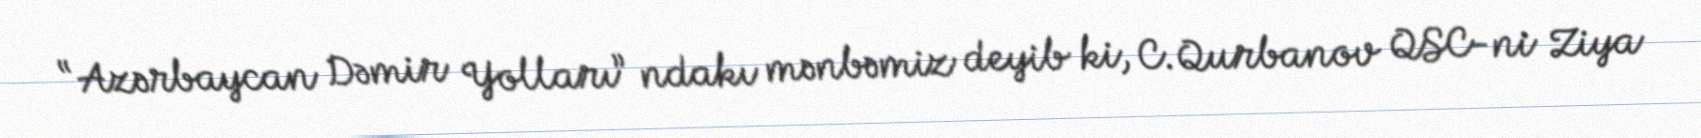
“Azərbaycan Dəmir Yolları” ndakı mənbəmiz deyib ki, C.Qurbanov QSC-ni Ziya